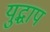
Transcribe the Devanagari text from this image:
युद्धाप